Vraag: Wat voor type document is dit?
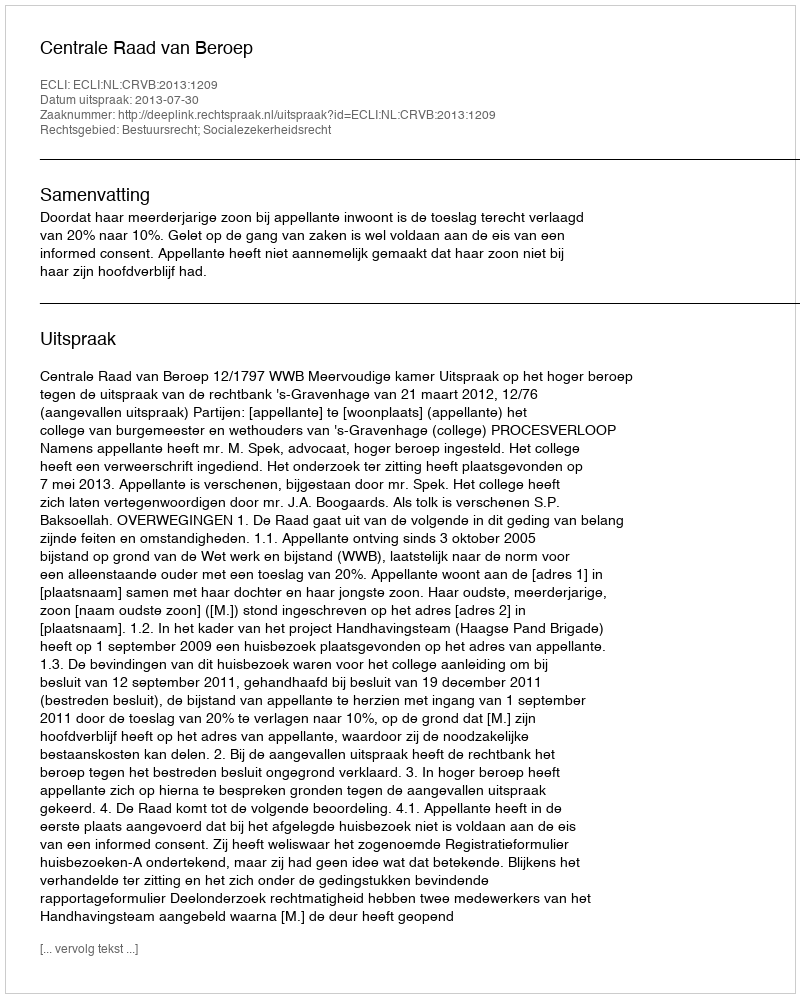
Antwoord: Uitspraak